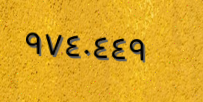
٩٧٤٠٤٤٩